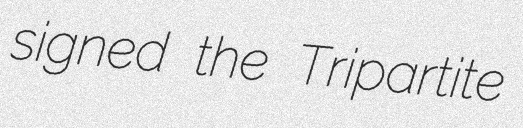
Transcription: signed the Tripartite